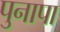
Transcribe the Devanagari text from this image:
पुनापा